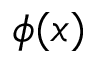
\phi ( x )